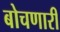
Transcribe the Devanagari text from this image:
बोचणारी